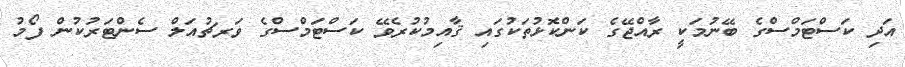
އަދި ކަސްޓަމްސްގެ ބޭނުމަކީ ރާއްޖޭގެ ކަންކޮޅުތަކުގައި ޤާއިމުކުރެވޭ ކަސްޓަމްސްގެ ވަރޗުއަލް ސެންޓަރުކުން ފޯމު